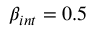
\beta _ { i n t } = 0 . 5